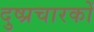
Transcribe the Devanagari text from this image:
दुष्प्रचारकों